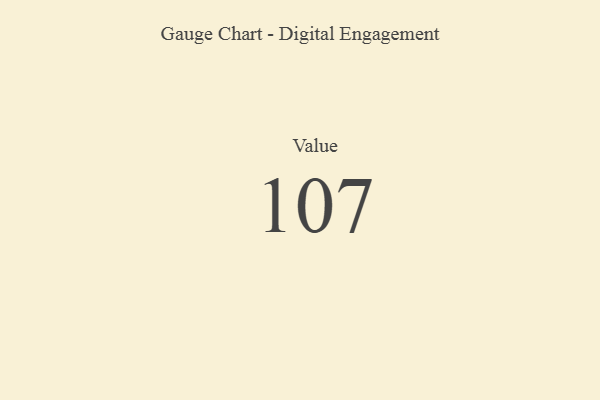
{"axis": {"x": "Metric", "y": "Value"}, "legend": [""], "data": [{"x": "Value", "y": 107, "type": ""}]}